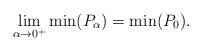
\begin{align*}\lim_{\alpha\rightarrow 0^+}\min(P_\alpha)=\min(P_0).\end{align*}